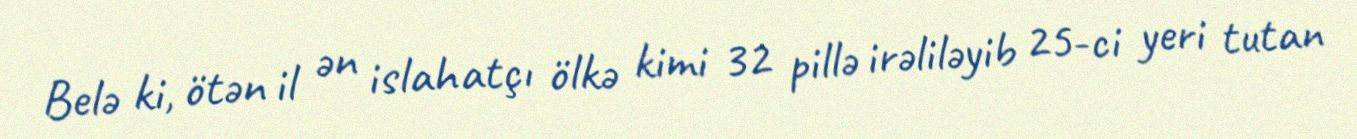
Belə ki, ötən il ən islahatçı ölkə kimi 32 pillə irəliləyib 25-ci yeri tutan